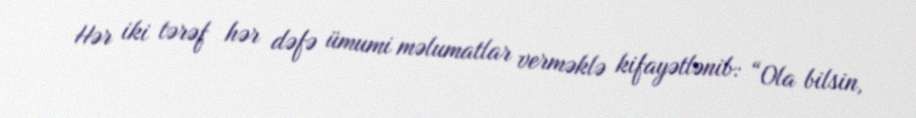
Hər iki tərəf hər dəfə ümumi məlumatlar verməklə kifayətlənib: “Ola bilsin,